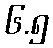
၆.၅